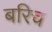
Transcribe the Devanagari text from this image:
बरिच